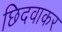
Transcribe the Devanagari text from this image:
छिदवाकर